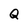
Character: Q